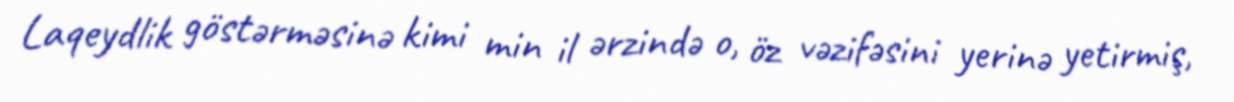
Laqeydlik göstərməsinə kimi min il ərzində o, öz vəzifəsini yerinə yetirmiş,